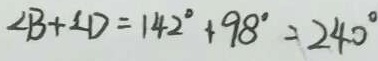
\angle B + \angle D = 1 4 2 ^ { \circ } + 9 8 ^ { \circ } = 2 4 0 ^ { \circ }